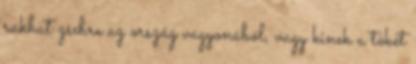
rakhat zsebre az ország vagyonából, vagy kinek a tökét